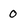
Character: O